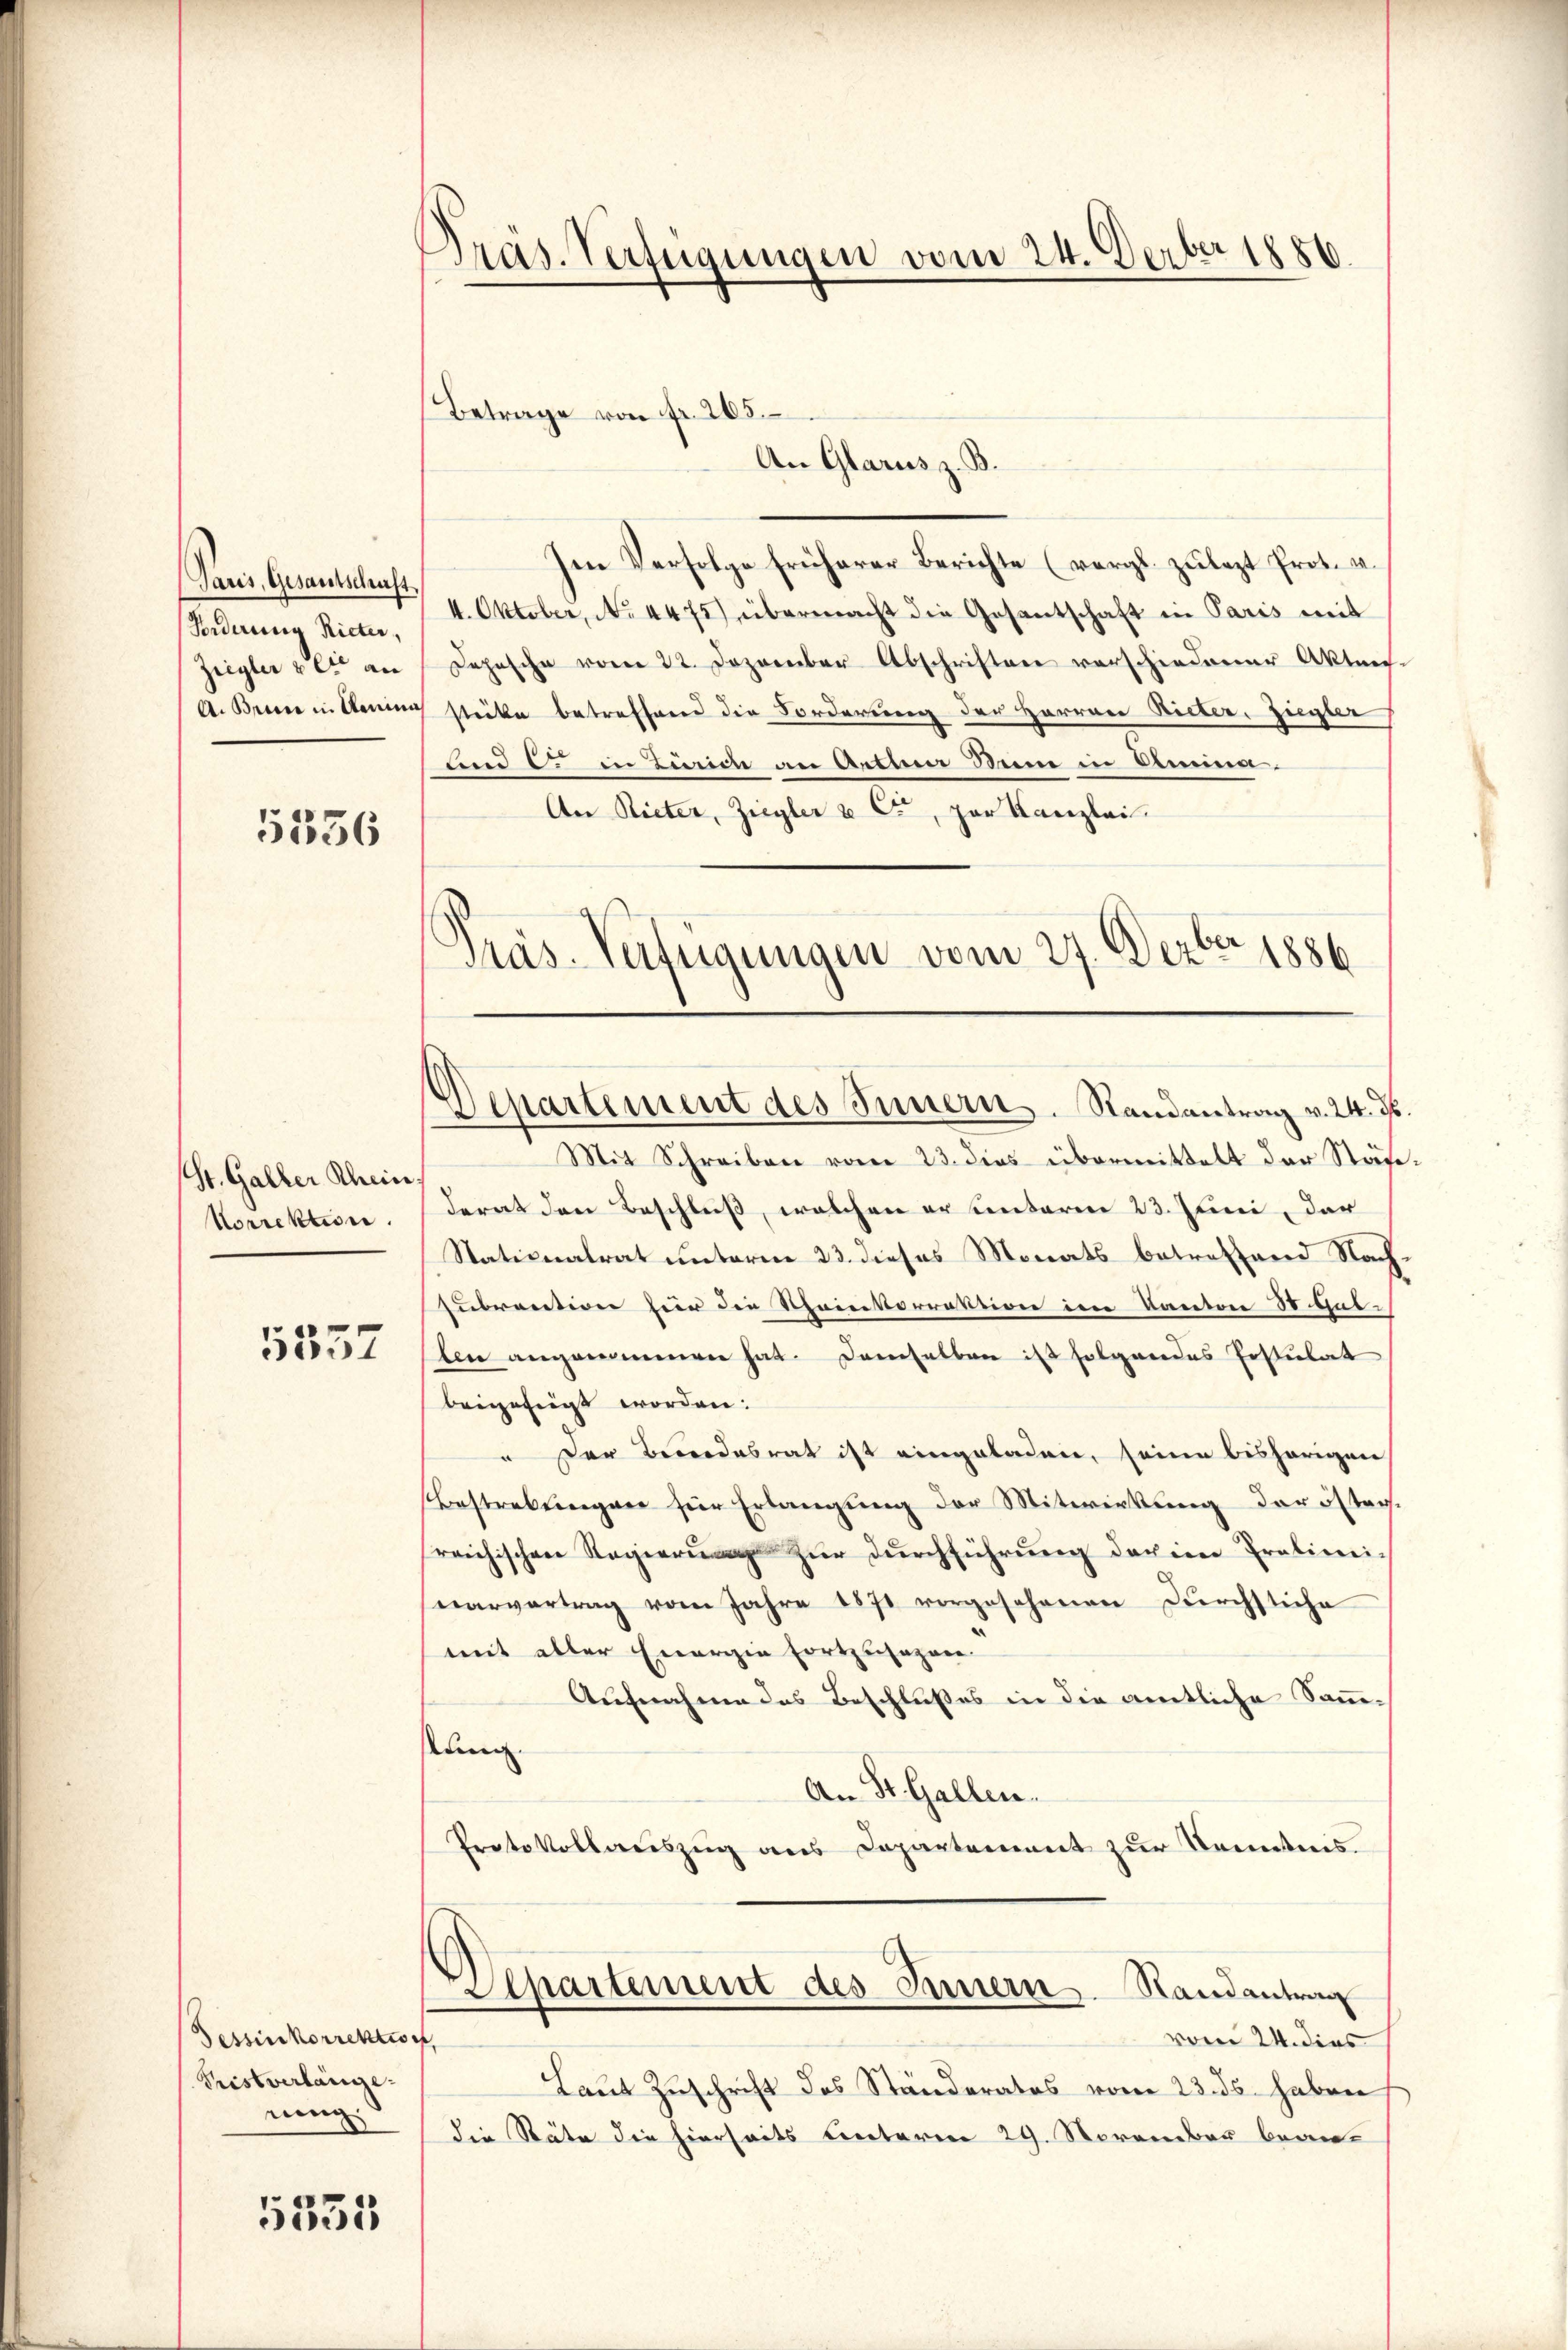
(Paris, Gesantschaft
Federung Rieter,
Ziegler & Cie an

5336

(St. Galler Rhein,
Korrektion.

5557

Im Verfolge früherer Berichte (vergl. zulezt Prot. v.
4. Oktober, No 4475) übermacht die Gesantschaft in Paris mit
Depesche vom 22. Dezember Abschriften verschiedener Akten.
A. Brenne in Anna sticke betreffend die Forderung der Herren Bieter, Ziegler
fend c. in Turien an Aethen Sinne in Amina¬
An Rieter, Ziegler & Cie, zur Kanzlei.
Präs. Verfügungen vom 27. Dezbr 1886

Tessin korrektio
Tristverlange
ning

5335

Präs. Verfügungen vom 24. Feber 1856.

Betrage von fr. 265
An Glarus z. B.

Mit Schreiben vom 23. dies übermittelt der Städt
derat den Beschluß, welchen er unterm 23. Juni, der
Stationalrat unterm 23. dieses Monats betreffend Nachpubrention für die Scheinkorrektion im Kanton St. Gallen angenommen hat. Demselben ist folgendes Erstulat
beigefügt worden.
" Der Bundesrat ist eingeladen, seine bisherigen
Bestrebungen für Erlangung der Mitwirkung der österreichischen Regierung zur Durchführung der im Präliminarvertrag vom Jahre 1871 vorgesehenen Durchstiche
mit aller Energie fortzusagen.
Aufnahme des Beschlußes in die amtliche Sammtung
An St. Gallen.
Protokollauszug aus Departement zur Kenntnis.
Departement des Innern Randantrag
vom 24. dies
.
Laut Zuschrift des Ständerates vom 23. ds. haben
die Stäte die hierseits unterm 29. November bean-

Departement des Innern. Randantrag v. 24. d.